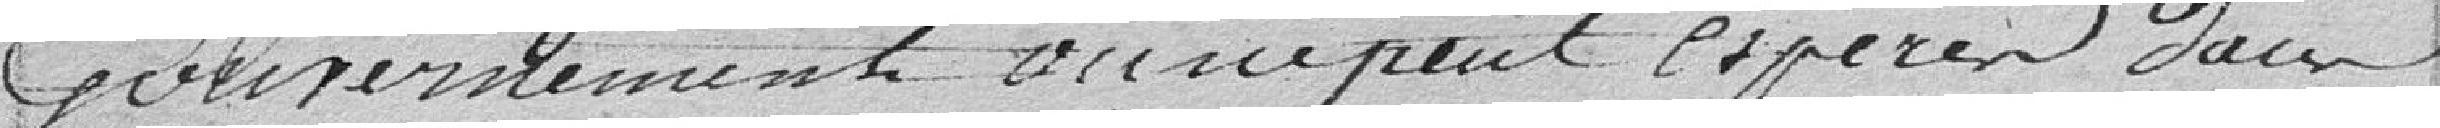
gouvernement on ne peut espérer dans